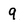
Character: 9